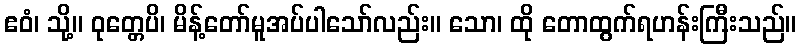
ဧဝံ၊ သို့။ ဝုတ္တေပိ၊ မိန့်တော်မူအပ်ပါသော်လည်း။ သော၊ ထို တောထွက်ရဟန်းကြီးသည်။